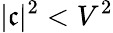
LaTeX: |\mathfrak{c}|^{2}<V^{2}